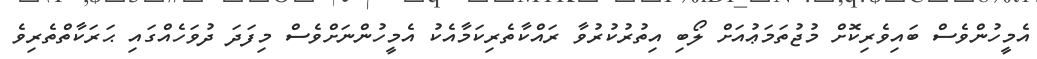
އެމީހުންވެސް ބައިވެރިކޮށް މުޖުތަމަޢުއަށް ލޯބި އިތުރުކުރުވާ ރައްކާތެރިކަމާއެކު އެމީހުންނަށްވެސް މިފަދަ ދުވަހެއްގައި ޙަރަކާތްތެރިވެ